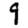
Digit: 9